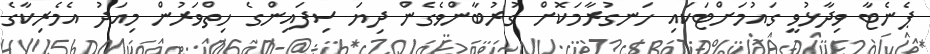
ޕެނެޓާ ވިދާޅުވީ ގައުމަށްޓަކައި ހަނގުރާމަކޮށް ގުރުބާންވެގެން ދިޔަ ސިފައިންގެ ހިތްވަރުން މިއަދު އެމެރިކާގެ